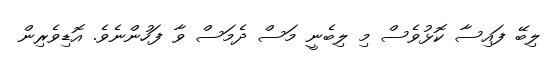
ލިބޭ ފައިސާ ކޮޅުވެސް މި ލިބެނީ މަސް ދެމަސް ވާ ފަހުންނެވެ. އޮޑިވެރިން